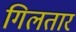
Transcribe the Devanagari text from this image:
गिलतार